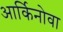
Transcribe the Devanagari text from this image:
आर्किनोवा